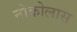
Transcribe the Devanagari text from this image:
नोकोलास